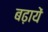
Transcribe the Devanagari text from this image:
बढ़ायें